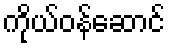
ကိုယ်ဝန်ဆောင်